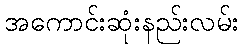
အကောင်းဆုံးနည်းလမ်း